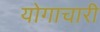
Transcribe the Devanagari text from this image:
योगाचारी